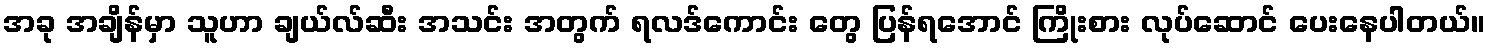
အခု အချိန်မှာ သူဟာ ချယ်လ်ဆီး အသင်း အတွက် ရလဒ်ကောင်း တွေ ပြန်ရအောင် ကြိုးစား လုပ်ဆောင် ပေးနေပါတယ်။